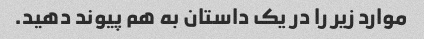
موارد زیر را در یک داستان به هم پیوند دهید.